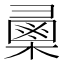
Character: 𢑯